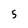
Character: 5